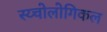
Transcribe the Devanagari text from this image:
स्य्चोलोगिकल